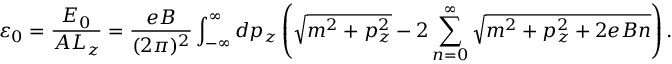
\varepsilon _ { 0 } = \frac { E _ { 0 } } { A L _ { z } } = \frac { e B } { ( 2 \pi ) ^ { 2 } } \int _ { - \infty } ^ { \infty } d p _ { z } \left( \sqrt { m ^ { 2 } + p _ { z } ^ { 2 } } - 2 \sum _ { n = 0 } ^ { \infty } \sqrt { m ^ { 2 } + p _ { z } ^ { 2 } + 2 e B n } \right) .